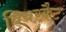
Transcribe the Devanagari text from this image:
बियरकैट